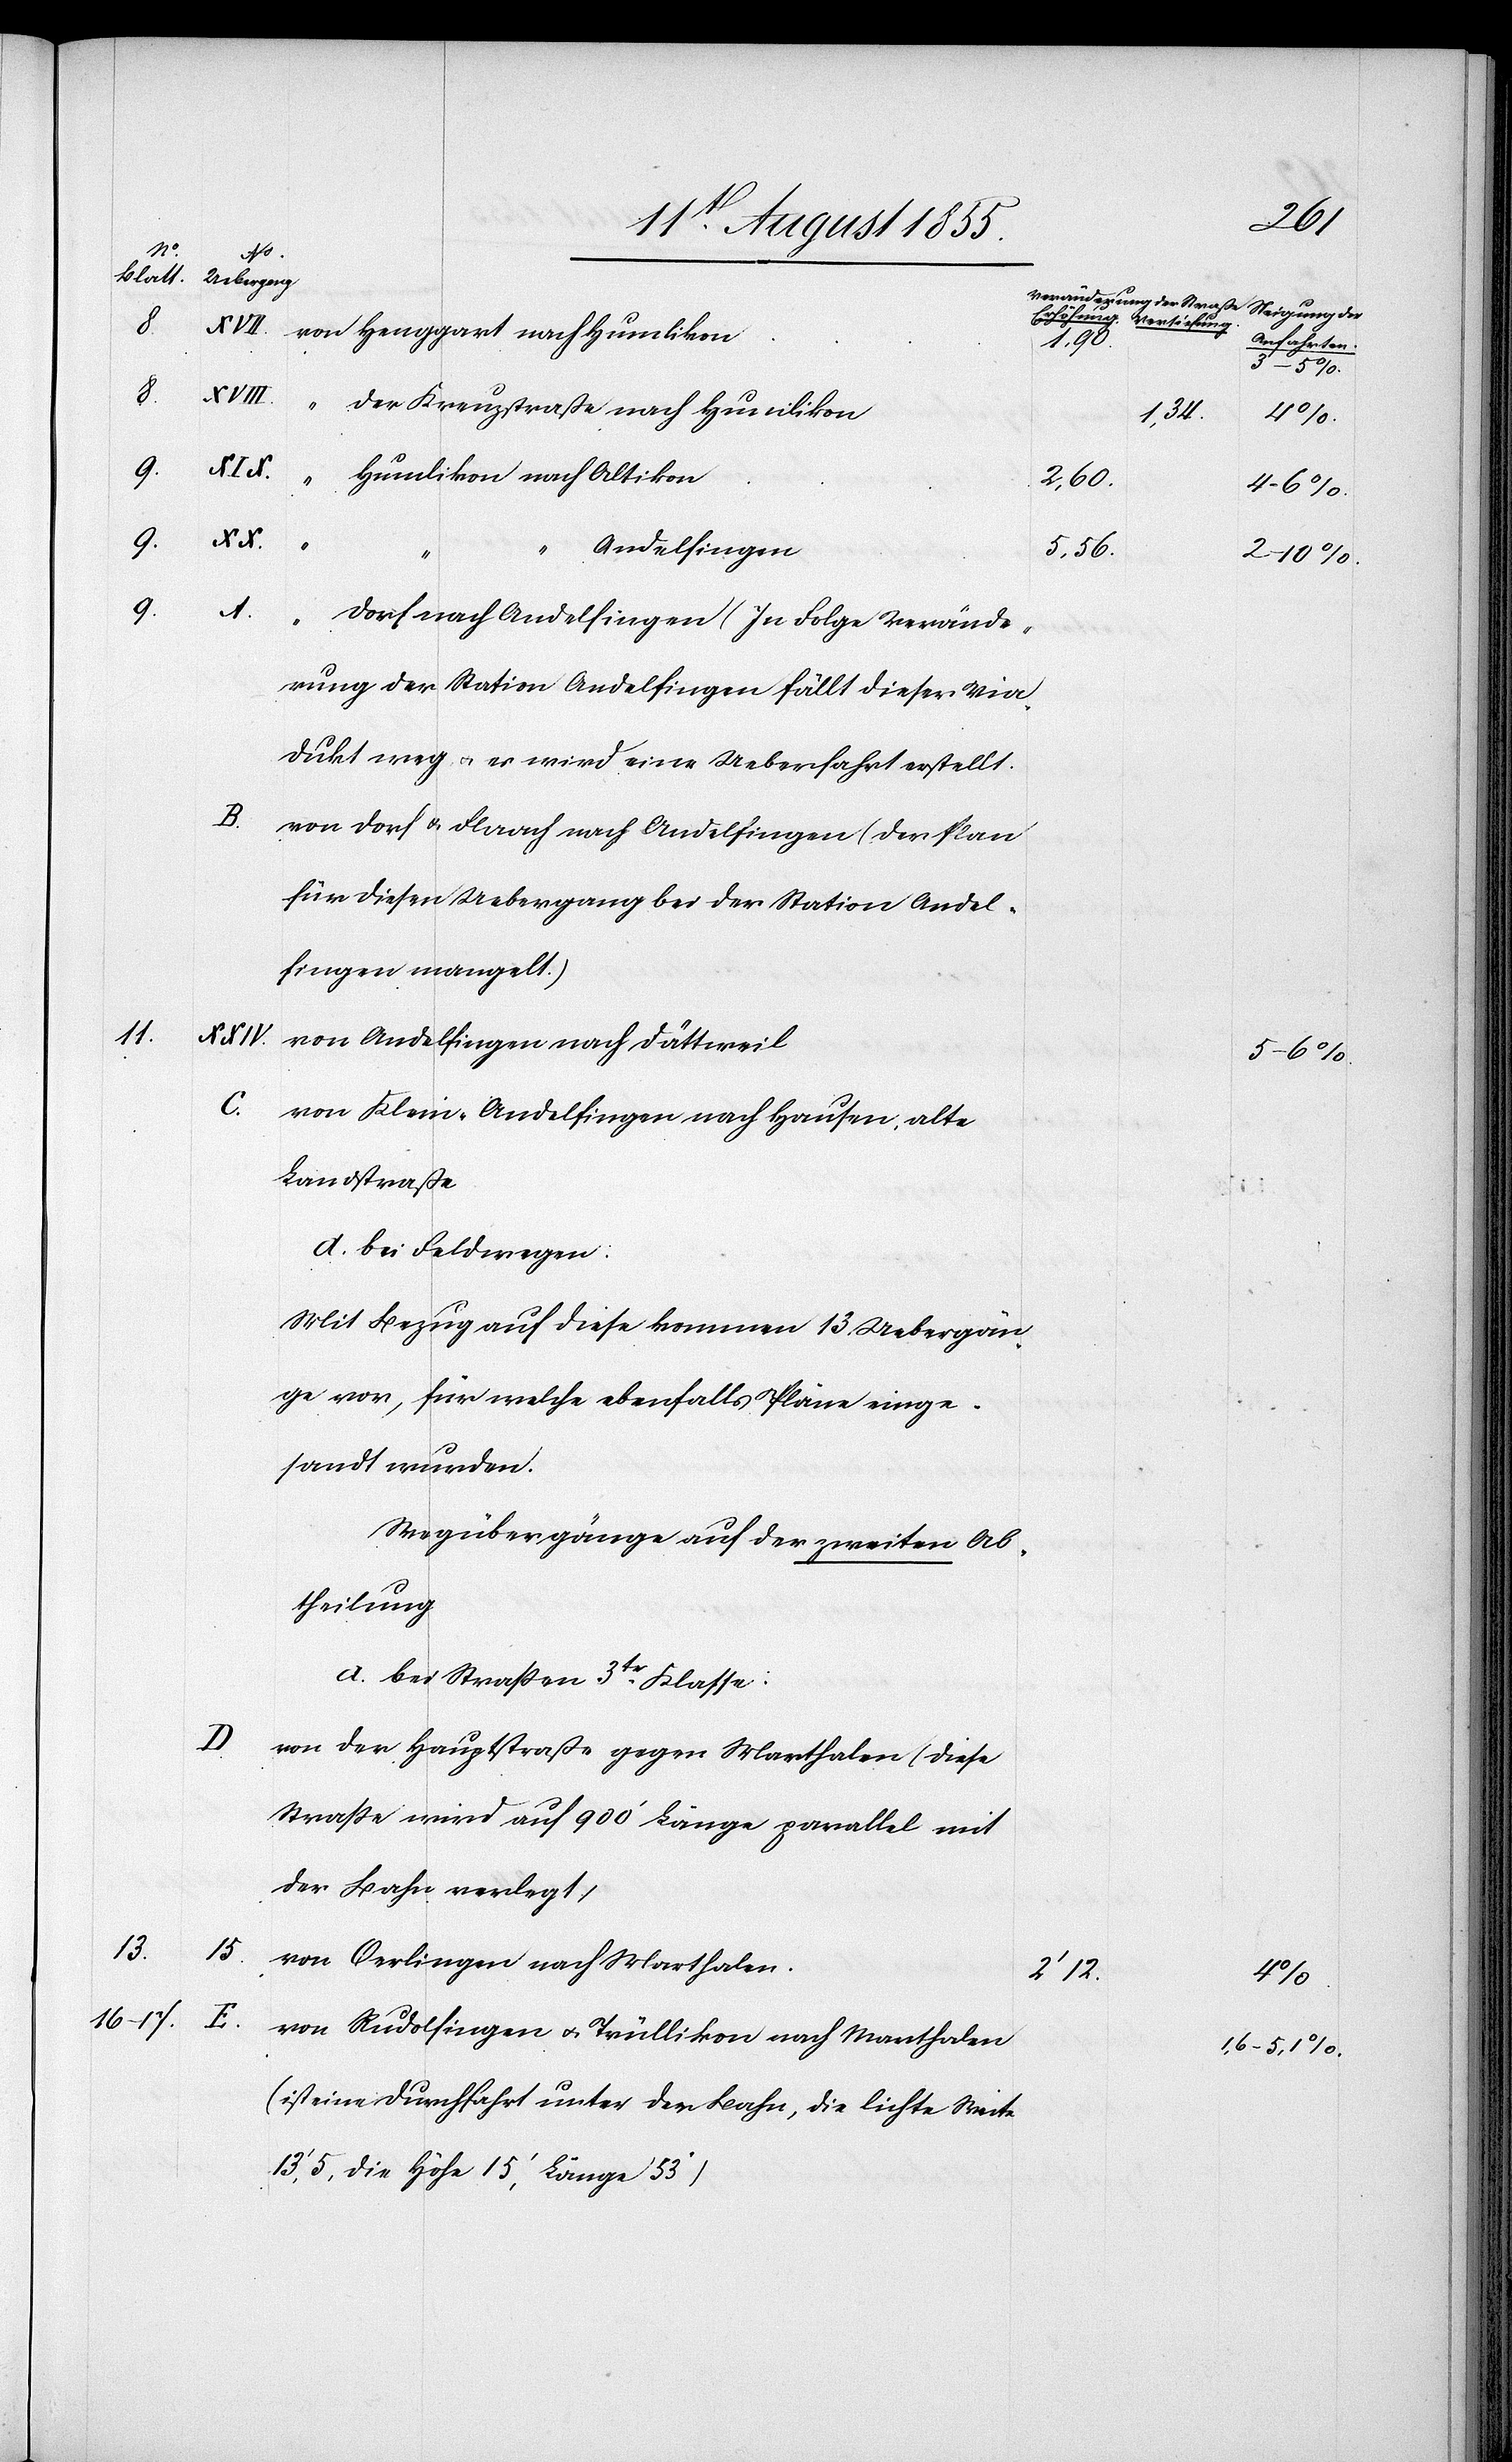
8.
16–17.

E.

12.
8.
von Henggart nach Humlikon
“ der Kreuzstraße nach Humlikon
9.
“ Humlikon nach Altikon
9.
Andelfingen
[No.
A.
Dorf nach Andelfingen (In Folge Verände¬
rung der Station Andelfingen fällt dieser Via¬
dukt weg & es wird eine Ueberfahrt erstellt.[)]
B.
von Dorf & Flaach nach Andelfingen (Der Plan
für diesen Uebergang bei der Station Andel¬
fingen mangelt.)
von Andelfingen nach Dättweil
C.
von Klein-Andelfingen nach Hausen, alte
Landstraße
d. bei Feldwegen:
Mit Bezug auf diese kommen 13 Uebergän¬
ge vor, für welche ebenfalls Pläne einge¬
sandt wurden.
Wegübergänge auf der zweiten Ab¬
theilung
a. bei Strassen 3tr. Klasse:
von der Hauptstraße gegen Marthalen (Diese
Strasse wird auf 900‘ Länge parallel mit
der Bahn verlegt)
von Oerlingen nach Marthalen.
von Rudolfingen & Trüllikon nach Marthalen
(ist eine Durchfahrt unter der Bahn, die lichte Weite
13‘, 5, die Höhe 15‘, Länge 53‘)

13.
15.

Anfahrten.]
1,34.
2,60.
5,56.
2–10%